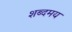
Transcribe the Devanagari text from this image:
शब्दमय